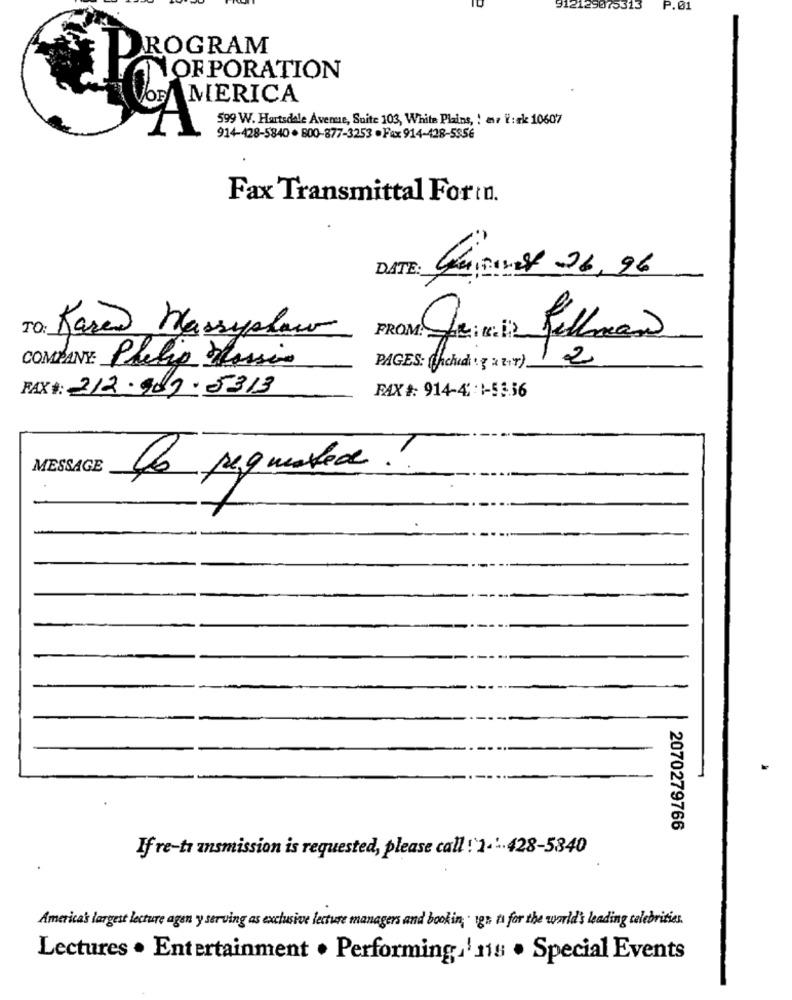
912129075313
P.01
DROGRAM
OF PORATION
VOFAMERICA
599 W. Hartsdale Avenue, Suite 103, White Plains, ! as Y: ek 10607
914-428-5840 . 800-877-3253 -Fax 914-428-5856
Fax Transmittal Formn.
DATE:
ananas 26, 96
TO: Para Massyplow
2
COMPANY: Philip Massio
PAGES: (acheat. x 17)
FAX#: 212.989.5313
FAX #: 914-4' :1-53.56
MESSAGE
le requested!
2070279766
If re-ti ansmission is requested, please call !'2 ... 428-5840
America's largest lecture agen y serving as exclusive lecture managers and bookin, 1g» ts for the world's leading celebrities.
Lectures . Entertainment . Performing,' 118 . Special Events